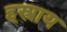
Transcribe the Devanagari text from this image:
हस्त्राय